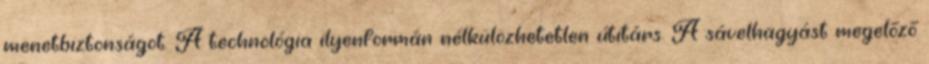
menetbiztonságot. A technológia ilyenformán nélkülözhetetlen útitárs. A sávelhagyást megelőző